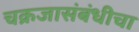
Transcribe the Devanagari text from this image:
चक्रजासंबंधीचा